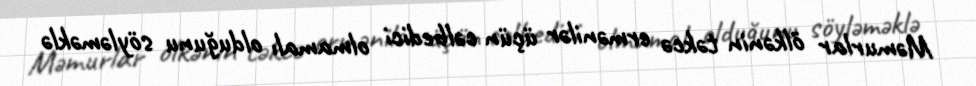
Məmurlar ölkənin təkcə ermənilər üçün cəlbedici olmamalı olduğunu söyləməklə